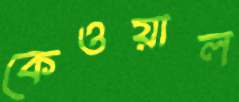
কেওয়াল